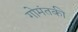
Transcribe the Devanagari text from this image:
गोमंतकी